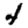
Digit: 4